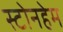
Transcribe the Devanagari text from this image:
स्टोनहेम